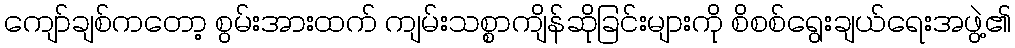
ကျော်ချစ်ကတော့ စွမ်းအားထက် ကျမ်းသစ္စာကျိန်ဆိုခြင်းများကို စိစစ်ရွေးချယ်ရေးအဖွဲ့၏